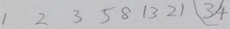
1 2 3 5 8 1 3 2 1 3 4